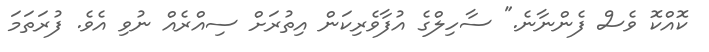
ކޮއްކޮ ވެސް ފެންނާނެ." ސާހިލްގެ އުފާވެރިކަން އިތުރަށް ސިއްރެއް ނުވި އެވެ. ފުރަތަމަ